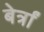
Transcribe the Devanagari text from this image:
बेर्त्रां